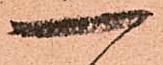
一